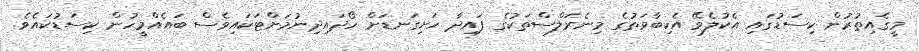
މީގެއިތުރުން ކިސަޑުގައި އެކުލެވޭ އެކިބާވަތުގެ މިނެރަލްސްތަކުގެ ފައިދާ ހަށިގަނޑަށް ހޯދައިދިނުމަށްޓަކައިވެސް ބައެއްމީހުން ކިސަޑުކައެވެ.